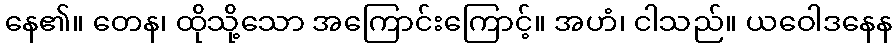
နေ၏။ တေန၊ ထိုသို့သော အကြောင်းကြောင့်။ အဟံ၊ ငါသည်။ ယဝေါဒနေန